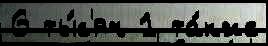
6 ты́с'яч 1 та́кже